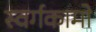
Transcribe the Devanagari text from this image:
स्वर्गकामो